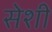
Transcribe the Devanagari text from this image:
सेशी